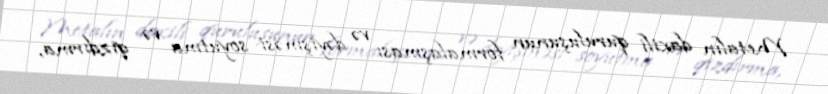
Metalın daxili quruluşunun formalaşması və dəyişməsi soyutma və qızdırma,